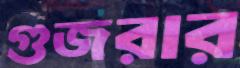
গুজরার